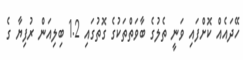
ހޭދައެއް ކޮށްފައި ވަނީ ތެލުގެ ބާވަތްތަކުގެ ގޮތުގައި 1.2 ބިލިއަން ރުފިޔާ ގެ